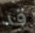
قد